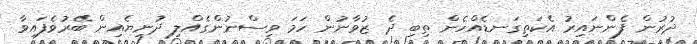
ދުރުން ފެންނައިރު އެކަތިގަނޑެއްހެން ތިބި ދެ ޒުވާނުން ހަމަ ވިސްނުންގެއްލި ދުނިޔެއިން ބޭރުވެފައިވާ